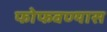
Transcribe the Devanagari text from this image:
फोफवण्यास